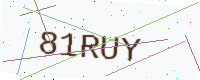
Text: 81RUY